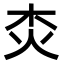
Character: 𤆰